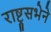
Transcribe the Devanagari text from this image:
राष्ट्रसभेने